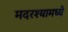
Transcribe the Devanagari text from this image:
मदरश्यामध्ये